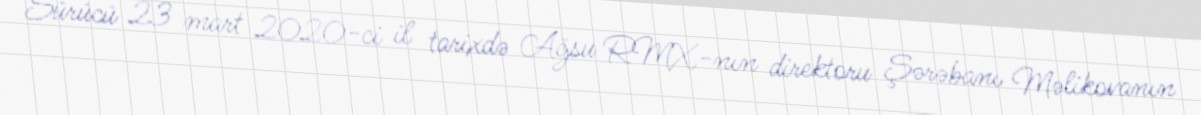
Sürücü 23 mart 2020-ci il tarixdə Ağsu RMX-nın direktoru Şərəbanı Məlikovanın